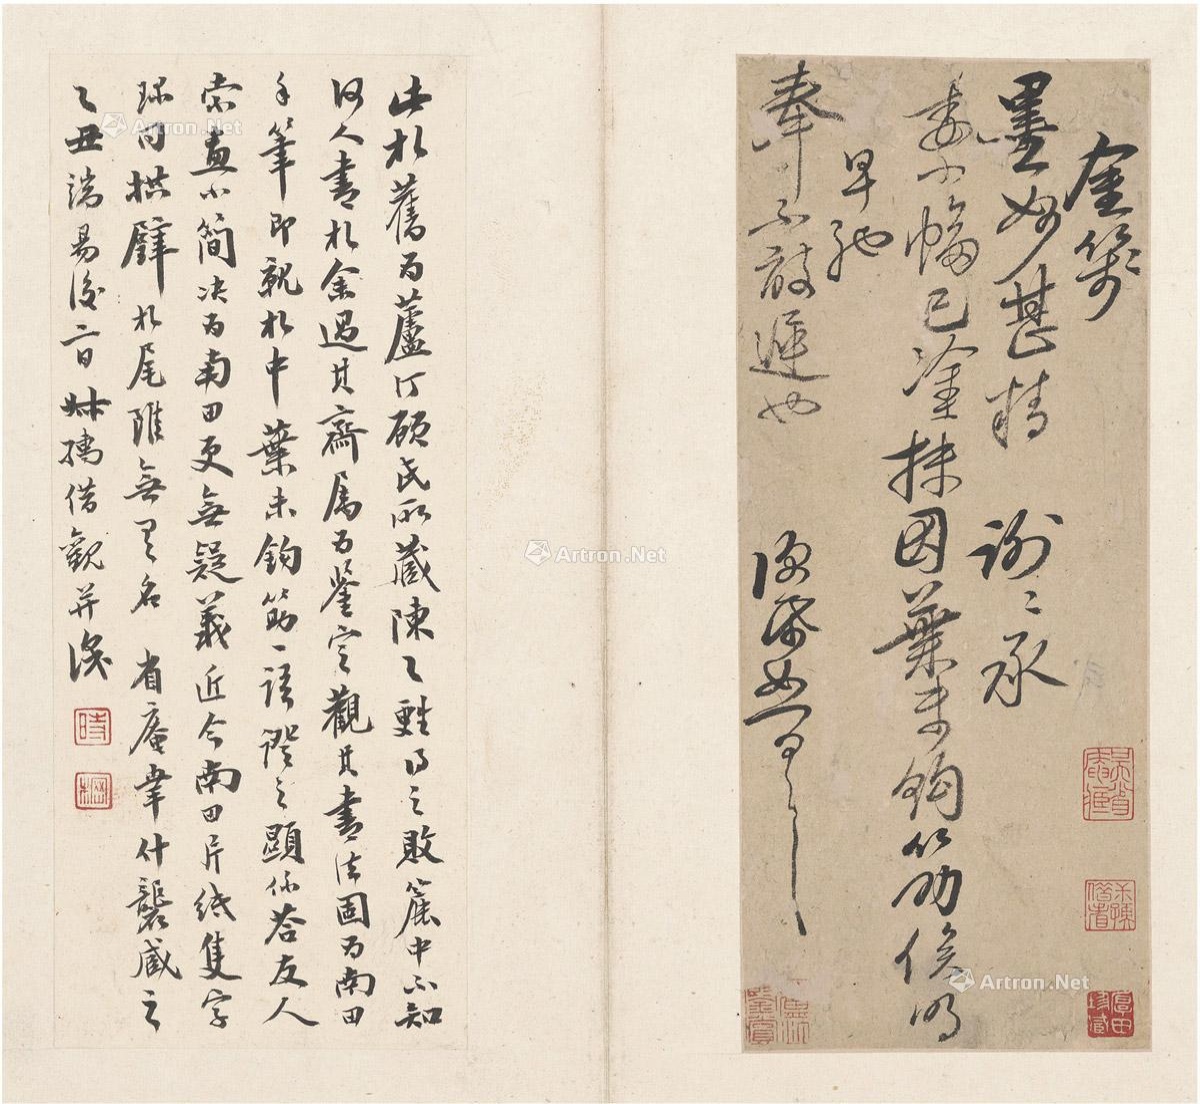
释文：金笺墨妙，甚精，谢谢。承委小幅，已涂抹，因叶未钩筋，俟明早驰奉，不敢迟也。便纸恕具。此札旧为芦汀顾氏所藏，陈乙苏得之败簏中，不知何人书札。余过其斋，属为鉴定。观其书法，固为南田手笔。即就札中叶未钩筋语证之，显系答友人索画小简，决为南田更无疑义。近今南田片纸只字珍同拱璧，札尾虽无具名，省庵幸什袭藏之。乙丑（1925年）端阳后二日，叔孺借观并识。